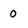
Character: 0